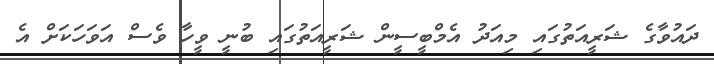
ދައުވާގެ ޝަރީއަތުގައި މިއަދު އެމްބީސީން ޝަރީއަތުގައި ބުނީ ވީހާ ވެސް އަވަހަކަށް އެ